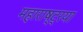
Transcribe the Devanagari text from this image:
महाराष्ट्रया